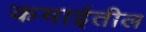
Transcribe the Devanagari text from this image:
कमाईतील